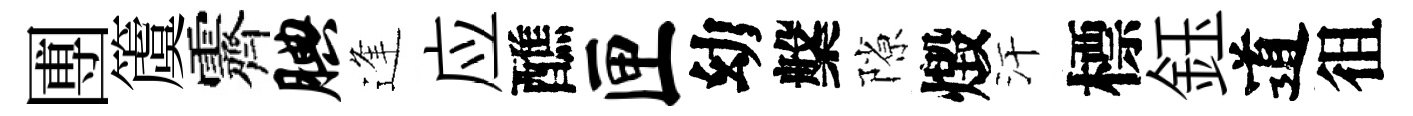
圑𥵂霽腆逢应醮匣幼槃隙燬汗標鈺道徂